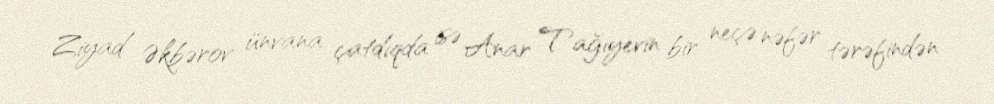
Ziyad Əkbərov ünvana çatdıqda isə Anar Tağıyevin bir neçə nəfər tərəfindən